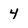
Character: 4